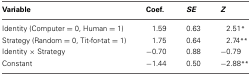
<table><thead><tr><td><b>Variable</b></td><td><b>Coef.</b></td><td><b><i>SE</i></b></td><td><b><i>Z</i></b></td></tr></thead><tbody><tr><td>Identity (Computer = 0, Human = 1)</td><td>1.59</td><td>0.63</td><td>2.51<sup>*</sup></td></tr><tr><td>Strategy (Random = 0, Tit-for-tat = 1)</td><td>1.75</td><td>0.64</td><td>2.74<sup>**</sup></td></tr><tr><td>Identity × Strategy</td><td>−0.70</td><td>0.88</td><td>−0.79</td></tr><tr><td>Constant</td><td>−1.44</td><td>0.50</td><td>−2.88<sup>**</sup></td></tr></tbody></table>